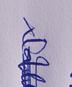
Signature authenticity: genuine